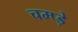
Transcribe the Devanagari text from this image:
चम्प्ड़े